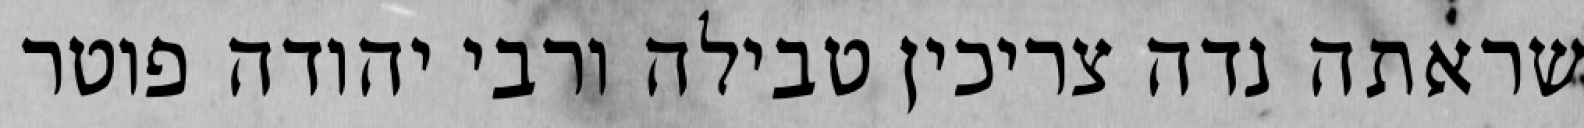
שראתה נדה צריכין טבילה ורבי יהודה פוטר